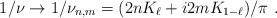
LaTeX: \begin{align*}1/\nu \rightarrow 1/\nu _{n,m}=(2nK_{\ell }+i2mK_{1-\ell })/\pi ~.\end{align*}